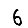
Digit: 6